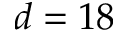
d = 1 8